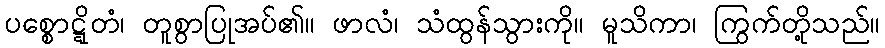
ပစ္စောဋ္ဋိတံ၊ တူစွာပြုအပ်၏။ ဖာလံ၊ သံထွန်သွားကို။ မူသိကာ၊ ကြွက်တို့သည်။